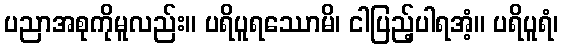
ပညာအစုကိုမူလည်း။ ပရိပူရဿောမိ၊ ငါပြည့်ပါရအံ့။ ပရိပူရံ၊